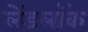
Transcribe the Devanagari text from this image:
लेंडलॉक